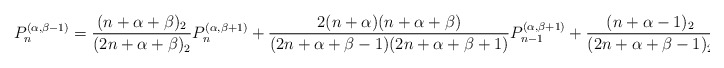
\begin{align*} P_{n}^{(\alpha,\beta-1)} = \frac{(n+\alpha+\beta)_2}{(2n+\alpha+\beta)_2}P_n^{(\alpha,\beta+1)} +\frac{2(n+\alpha)(n+\alpha+\beta)} {(2n+\alpha+\beta-1)(2n+\alpha+\beta+1)} P_{n-1}^{(\alpha,\beta+1)} +\frac{(n+\alpha-1)_2}{(2n+\alpha+\beta-1)_2}P_{n-2}^{(\alpha,\beta+1)}. \end{align*}